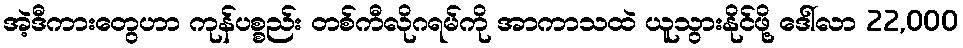
အဲ့ဒီကားတွေဟာ ကုန်ပစ္စည်း တစ်ကီလိုဂရမ်ကို အာကာသထဲ ယူသွားနိုင်ဖို့ ဒေါ်လာ 22,000